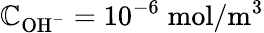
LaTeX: \mathbb{C}_{\mathrm{{OH}}^{-}}=10^{-6}\; \mathrm{{mol}}/\mathrm{{m}}^{3}